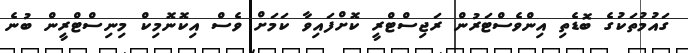
ގައުމުތަކުގެ ބޮޑެތި އިންވެސްޓަރުން ރަޖިސްޓްރީ ކޮށްފައިވާ ކަމަށް ވެސް އިކޮނޮމިކް މިނިސްޓްރީން ބުނެ